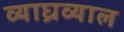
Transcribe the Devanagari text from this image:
व्याघ्रव्याल